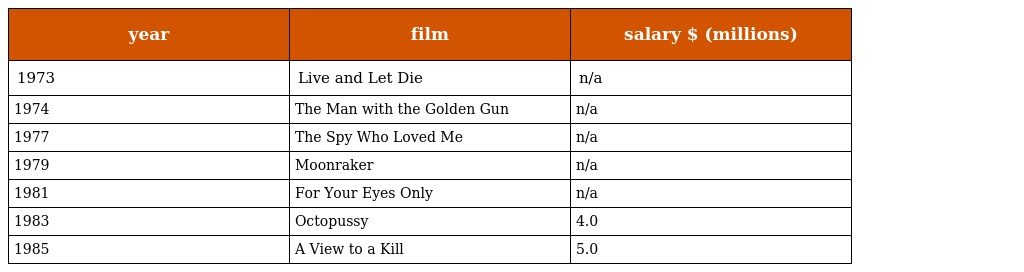
| year | film | salary $ (millions) |
 | --- | --- | --- |
 | 1973 | Live and Let Die | n/a |
 | 1974 | The Man with the Golden Gun | n/a |
 | 1977 | The Spy Who Loved Me | n/a |
 | 1979 | Moonraker | n/a |
 | 1981 | For Your Eyes Only | n/a |
 | 1983 | Octopussy | 4.0 |
 | 1985 | A View to a Kill | 5.0 |